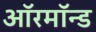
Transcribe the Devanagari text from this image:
ऑरमॉन्ड